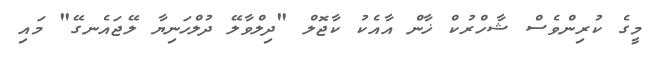
މީގެ ކުރިންވެސް ޝާހްރުކް ޚާން އާއެކު ކާޖޮލް "ދިލްވާލޭ ދުލްހަނިޔާ ލޭޖައެނގޭ" މައި